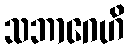
သဘာဂေဟိ